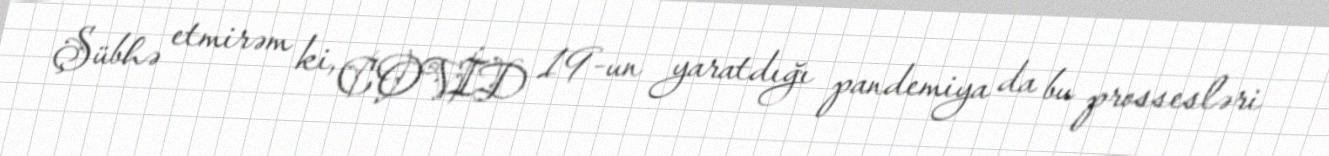
Şübhə etmirəm ki, COVİD 19-un yaratdığı pandemiya da bu prossesləri